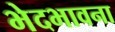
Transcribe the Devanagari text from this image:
भेदभावना